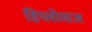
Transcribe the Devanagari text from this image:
डिप्लोमाज